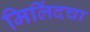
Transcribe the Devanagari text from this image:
मिलिंदचा